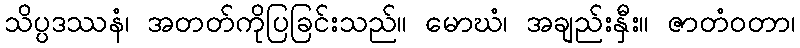
သိပ္ပဒဿနံ၊ အတတ်ကိုပြခြင်းသည်။ မောဃံ၊ အချည်းနှီး။ ဇာတံဝတာ၊